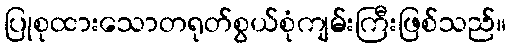
ပြုစုထားသောတရုတ်စွယ်စုံကျမ်းကြီးဖြစ်သည်။